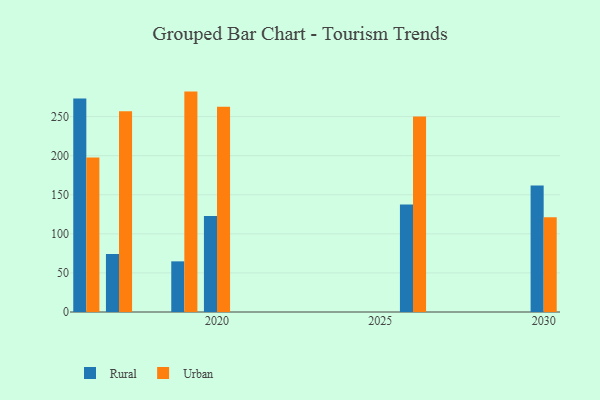
{"axis": {"x": "Year", "y": "Shipments"}, "legend": ["Rural", "Urban"], "data": [{"x": "2026", "y": 137.7, "type": "Rural"}, {"x": "2026", "y": 250.2, "type": "Urban"}, {"x": "2030", "y": 161.7, "type": "Rural"}, {"x": "2030", "y": 121.1, "type": "Urban"}, {"x": "2016", "y": 273.1, "type": "Rural"}, {"x": "2016", "y": 197.6, "type": "Urban"}, {"x": "2017", "y": 74.2, "type": "Rural"}, {"x": "2017", "y": 257.0, "type": "Urban"}, {"x": "2019", "y": 64.8, "type": "Rural"}, {"x": "2019", "y": 282.0, "type": "Urban"}, {"x": "2020", "y": 122.9, "type": "Rural"}, {"x": "2020", "y": 262.5, "type": "Urban"}]}